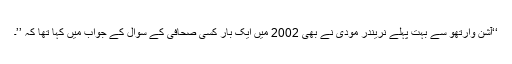
‘‘آشن وارتھو سے بہت پہلے نریندر مودی نے بھی 2002 میں ایک بار کسی صحافی کے سوال کے جواب میں کہا تھا کہ ’’۔